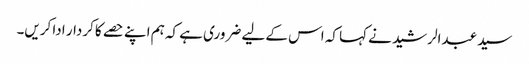
سید عبدالرشید نے کہا کہ اس کے لیے ضروری ہے کہ ہم اپنے حصے کا کردار ادا کریں۔